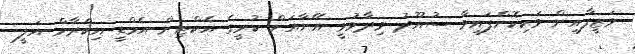
ވަޒީފާއިން ވަކިކޮށްފައިވާ ސުއޫދު ވިދާޅުވީ އޭނާއަށް ކުރީގެ އެކްޓިން އެމްޑީ އިކްރާމް އަލީ